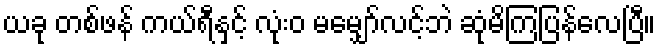
ယခု တစ်ဖန် ကယ်ရီနှင့် လုံးဝ မမျှော်လင့်ဘဲ ဆုံမိကြပြန်လေပြီ။